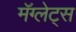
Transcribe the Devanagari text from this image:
मॅग्लेट्स